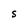
Character: S